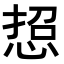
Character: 𢜌